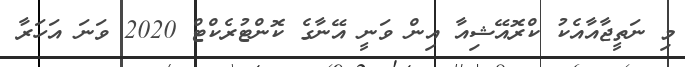
މި ނަތީޖާއާއެކު ކްރޮއޭޝިއާ އިން ވަނީ އޭނާގެ ކޮންޓުރެކްޓް 2020 ވަނަ އަހަރާ